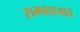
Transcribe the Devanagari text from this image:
सम्प्रदायाचे